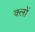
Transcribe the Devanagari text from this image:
क्लों